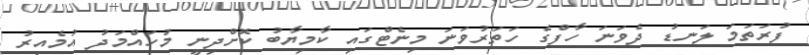
ފުރަތަމަ ލަނޑު ދެވަނަ ހާފްގެ ހަތަރުވަނަ މިނެޓްގައި ކާމިޔާބު ކޮށްދިނީ މުހައްމަދު އުމެއިރު